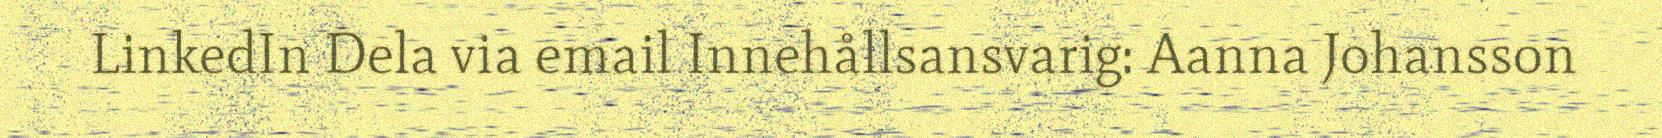
LinkedIn Dela via email Innehållsansvarig: Aanna Johansson